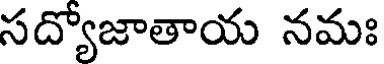
సద్యోజాతాయ నమః